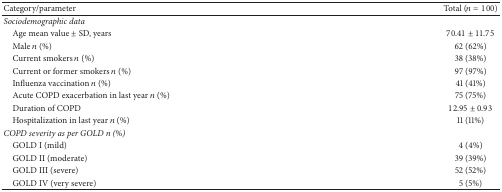
<table><thead><tr><td><b>Category/parameter </b></td><td><b>Total (<i>n</i> = 100)</b></td></tr></thead><tbody><tr><td><i>Sociodemographic data </i></td><td>[EMPTY_CELL]</td></tr><tr><td> Age mean value ± SD, years</td><td>70.41 ± 11.75</td></tr><tr><td> Male <i>n</i> (%)</td><td>62 (62%)</td></tr><tr><td> Current smokers <i>n</i> (%)</td><td>38 (38%)</td></tr><tr><td> Current or former smokers <i>n</i> (%)</td><td>97 (97%)</td></tr><tr><td> Influenza vaccination <i>n</i> (%)</td><td>41 (41%)</td></tr><tr><td> Acute COPD exacerbation in last year <i>n</i> (%)</td><td>75 (75%)</td></tr><tr><td> Duration of COPD</td><td>12.95 ± 0.93</td></tr><tr><td> Hospitalization in last year <i>n</i> (%)</td><td>11 (11%)</td></tr><tr><td><i>COPD severity as per GOLD n (%)</i></td><td>[EMPTY_CELL]</td></tr><tr><td> GOLD I (mild)</td><td>4 (4%)</td></tr><tr><td> GOLD II (moderate)</td><td>39 (39%)</td></tr><tr><td> GOLD III (severe)</td><td>52 (52%)</td></tr><tr><td> GOLD IV (very severe)</td><td>5 (5%)</td></tr></tbody></table>